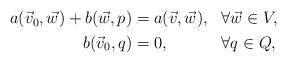
LaTeX: \begin{align*}\begin{aligned} a( \vec{v}_0 , \vec{w} ) + b( \vec{w} ,p) &= a( \vec{v}, \vec{w} ),&&\forall\vec{w}\in V,\\ b( \vec{v}_0 ,q)&=0,&&\forall q\in Q,\end{aligned}\end{align*}